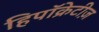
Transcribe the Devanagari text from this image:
हिपॉक्रेटीज़